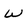
Character: W